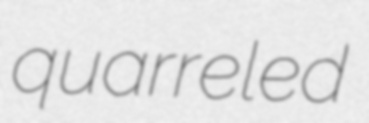
quarreled